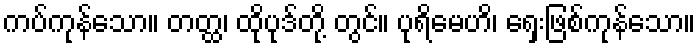
ကပ်ကုန်သော။ တတ္ထ၊ ထိုပုဒ်တို့ တွင်။ ပုရိမေဟိ၊ ရှေးဖြစ်ကုန်သော။